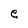
Character: e